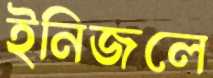
ইনিজলে